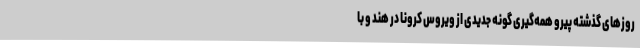
روزهای گذشته پیرو همه‌گیری گونه‌ جدیدی از ویروس کرونا در هند و با